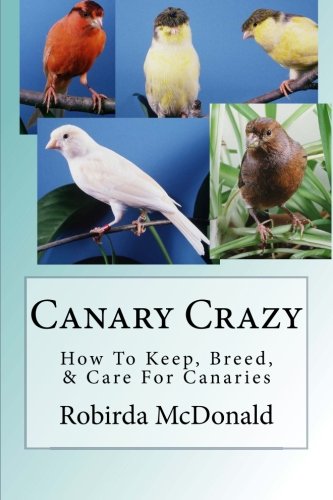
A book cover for Canary Crazy: How To Keep, Breed, & Care For Canaries; Robirda McDonald; Crafts, Hobbies & Home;